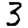
Digit: 3